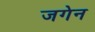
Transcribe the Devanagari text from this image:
जगेन